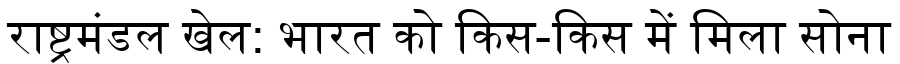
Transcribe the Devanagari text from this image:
राष्ट्रमंडल खेल: भारत को किस-किस में मिला सोना